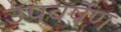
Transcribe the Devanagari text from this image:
उपवर्षेण